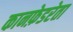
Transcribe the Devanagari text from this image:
कानफ़ेडरेता